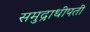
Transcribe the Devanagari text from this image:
समुद्राधीपती